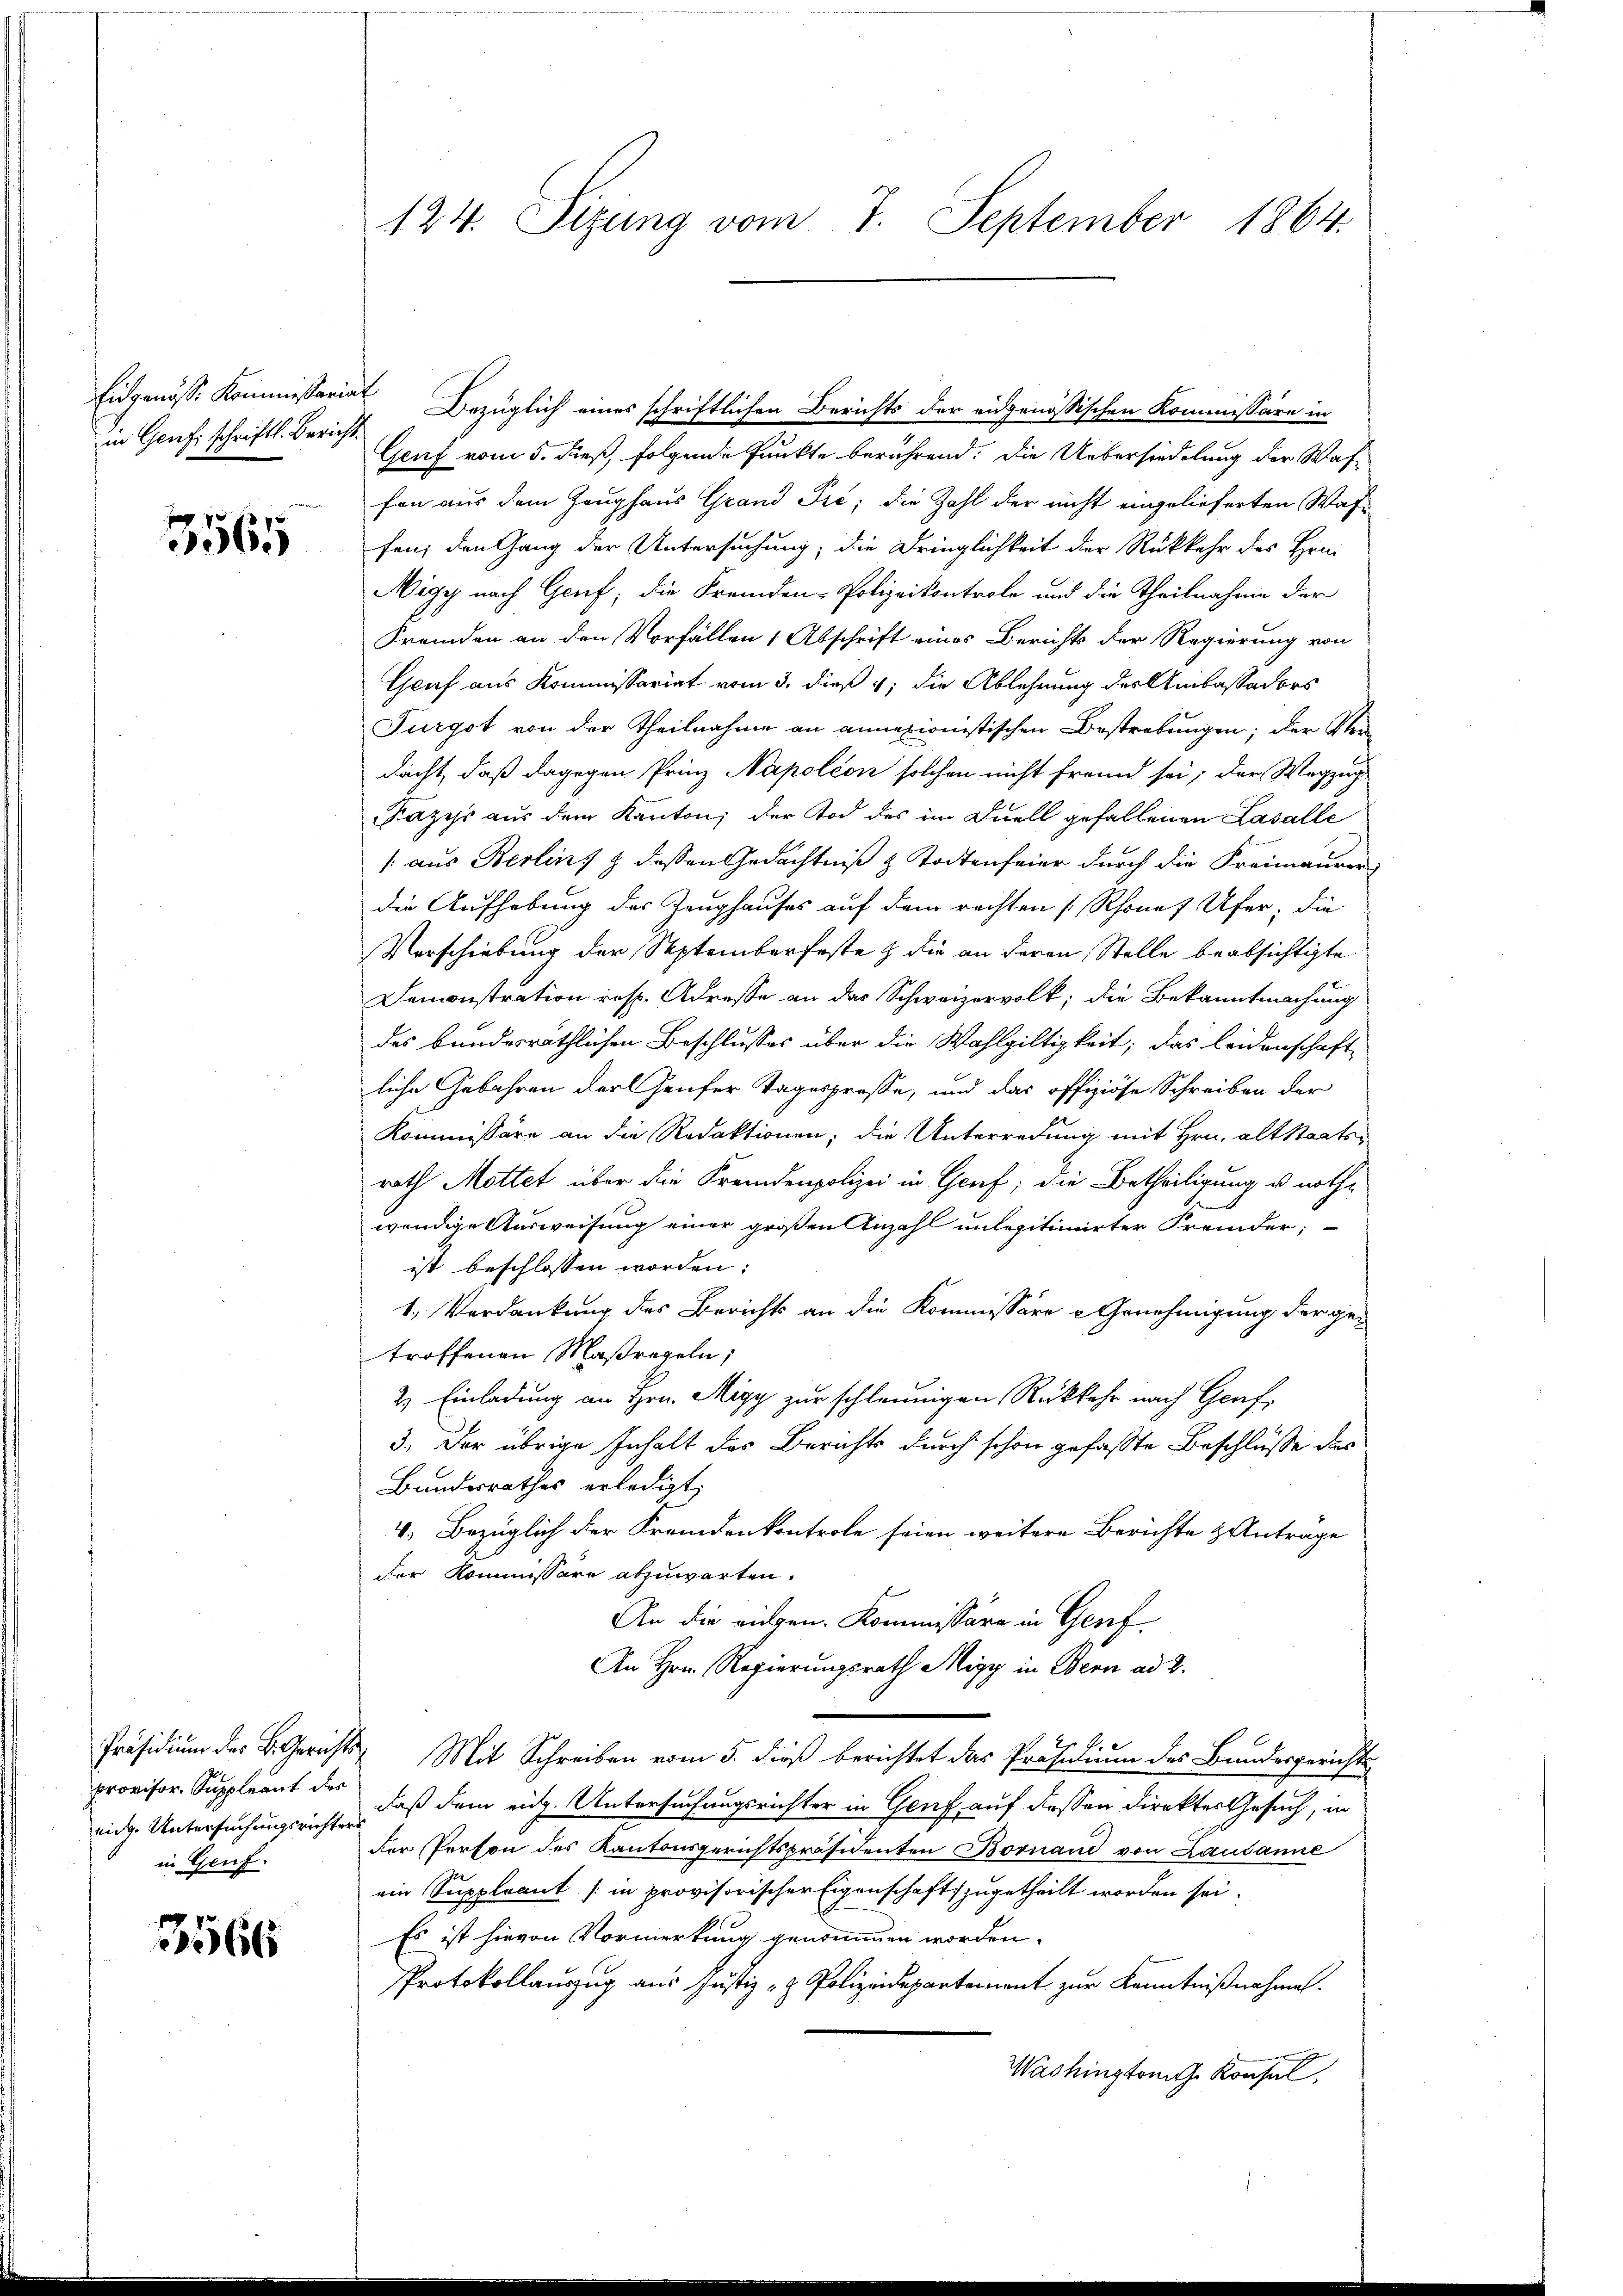
in Genf schriftl. Bericht.

3565

provisor. Suppleant der
eidg. Untersuchungsrichters
in Genf.

1566

124. Sizung vom 7. September 1864.

Eidgenösse Kommissariat Bezüglich eines schriftlichen Berichts der eidgenössischen Kommissäre in
Genf vom 5. dieß, folgende Punkte berührend: Die Uebersiedelung der Waffen aus dem Zeughaus Grand Pire; die Zahl der nicht eingelieferten Wasfen; den Gang der Untersuchung; die Dringlichkeit der Rückkehr des Hin¬
Nigy nach Genf; die Fremden-Polizeikontrole und die Theilnahme der
Fremden an den Vorfällen 1 Abschrift eines Berichts der Regierung von
Graf aus Kommissariat vom 3. dieß 4, die Ablehnung der Ankassaders
Furgot von der Theilnahme an annexionistischen Bestrebungen; der Verdacht, daß dagegen Prinz Napoléon solchen nicht fremd sei; der Wegzug
azys aus dem Kanton, der Tod des im Duell gefallenen Lasalle
/: aus Berlins & dessen Gedächtniß & Todtenfeier durch die Freimaurer
die Aufhebung des Zeughauses auf dem rechten [Rhones Ufer, die
Verschiebung der Septemberfeste & die an deren Stelle beabsichtigte
Demonstration resp. Adresse an das Schweizervolk, die Bekanntmachung
des bundesräthlichen Beschlusses über die Wahlgiltigkeit; das leidenschaft
liche Gebahren der Heufer Tagespresse, und das offiziöse Schreiben der
Kommissäre an die Redaktionen; die Unterredung mit Hrn. Altstaatsr
rath Mottet über die Fremdenpolizei in Genf; die Betheiligung u. nothwendige Ausweisung einer großen Anzahl unlegitimirter Fremder;
ist beschlossen worden:
1. Verdankung des Berichts an die Kommissäre - Genehmigung der getroffenen Maßregeln;
2) Einladung an Hrn. Migy zur schleunigen Rückkehr nach Genf,
3. Der übrige Inhalt des Berichts durch schon gefasste Beschlüsse des
Bundesrathes erledigt,
4. Bezüglich der Fremdenkontrole seien weitere Berichte & Anträge
der Kommissäre abzuwarten.
An die eingen. Kommissäre in Genf
An Hrn. Regierungsrath Migy in Bern ad 2.
Präsidium des B. Gerichts Mit Schreiben vom 5. dieß berichtet das Präsidium des Bundesgerichts
daß dem eidg. Untersuchungsrichter in Genf auf dessen direktes Gesuch, in
der Person des Kantonsgerichtspräsidenten Bornand von Lausanne
ein Suppleant [in provisorischer Eigenschaftszugetheilt worden sei.
Es ist hievon Vormerkung genommen worden.
Protokollauszug aus Justiz- & Polizeidepartement zur Kenntnißnahme.
Washington Konsul,